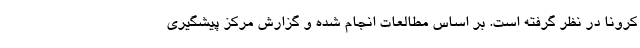
کرونا در نظر گرفته است. بر اساس مطالعات انجام شده و گزارش مرکز پیشگیری